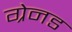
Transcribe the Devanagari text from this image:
ग्रेनड